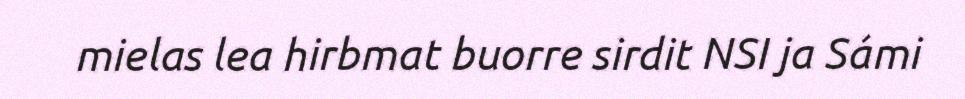
mielas lea hirbmat buorre sirdit NSI ja Sámi